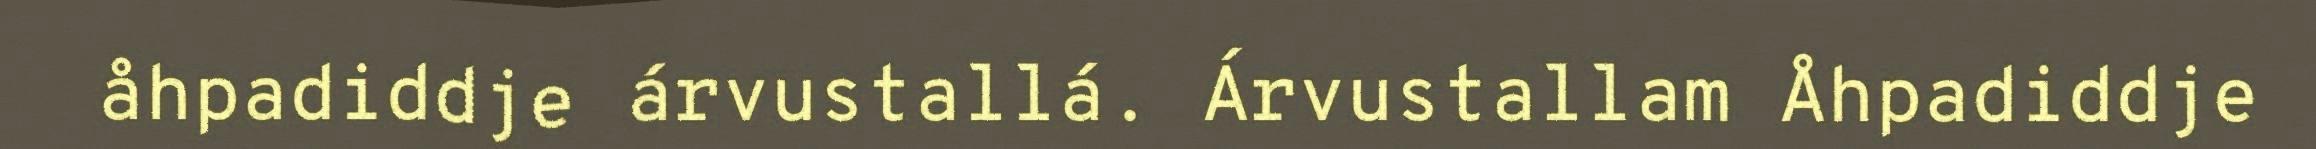
åhpadiddje árvustallá. Árvustallam Åhpadiddje